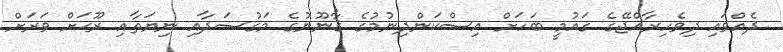
ދެއްވައި ދިވެހިރާއްޖޭގެ ޤައުމީ ބަހަށް އިސްކަންދިނުމުގެ ޤާނޫނުގެ މަޤުޞަދާއި ނިޔަތާއި ރޫޙަށް ވަރަށް